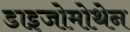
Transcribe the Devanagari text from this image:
डाइजोमोथेन